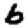
Digit: 6